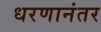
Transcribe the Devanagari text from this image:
धरणानंतर